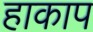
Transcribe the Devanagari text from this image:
हाकाप